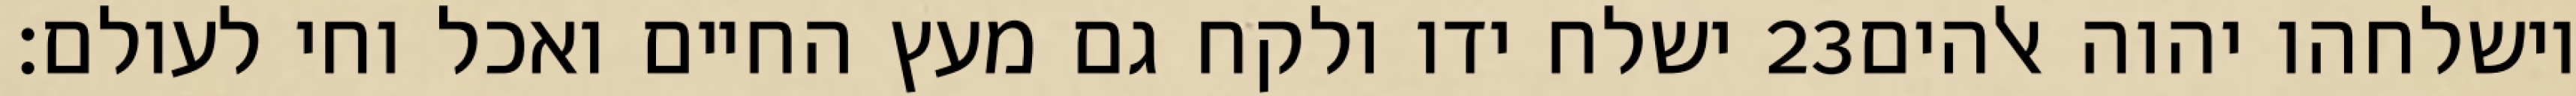
ישלח ידו ולקח גם מעץ החיים ואכל וחי לעולם׃ ‎23‏ וישלחהו יהוה אלהים